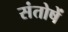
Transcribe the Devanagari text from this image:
संतोषें